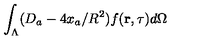
\int _ { \Lambda } ( D _ { a } - 4 x _ { a } / R ^ { 2 } ) f ( { \bf r } , \tau ) d \Omega